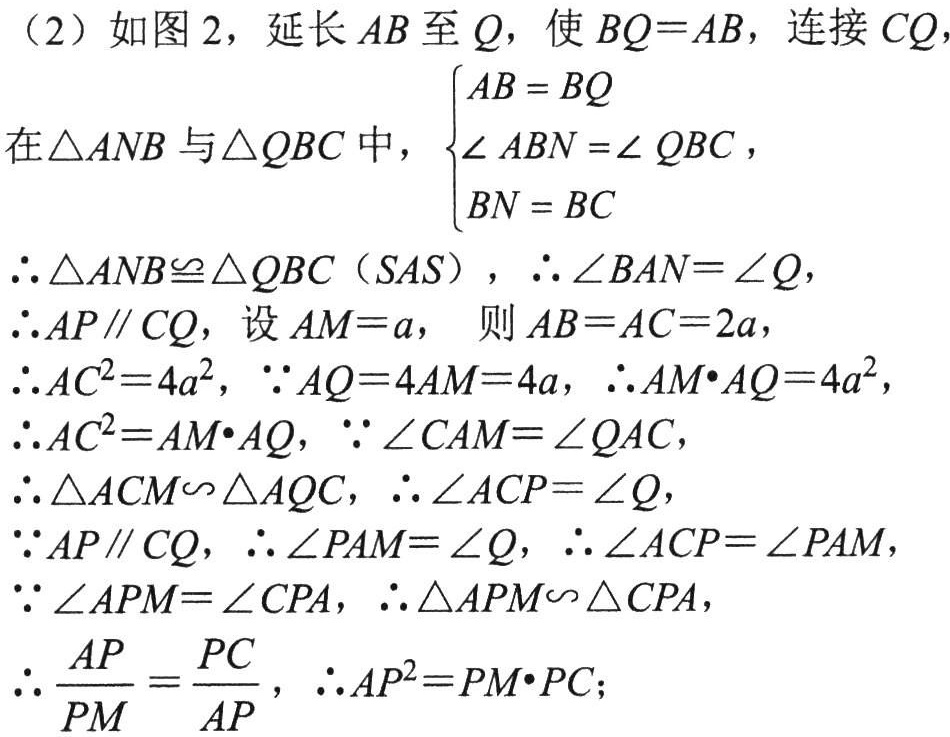
（2）如图2，延长\(AB\)至\(Q\)，使\(BQ = AB\)，连接\(CQ\)，
在\(\triangle ANB\)与\(\triangle QBC\)中，\(\begin{cases}AB = BQ\\\angle ABN=\angle QBC\\BN = BC\end{cases}\)，
\(\therefore\triangle ANB\cong\triangle QBC（SAS）\)，\(\therefore\angle BAN=\angle Q\)，
\(\therefore AP\parallel CQ\)，设\(AM = a\)， 则\(AB = AC = 2a\)，
\(\therefore AC^{2}=4a^{2}\)，\(\because AQ = 4AM = 4a\)，\(\therefore AM\cdot AQ = 4a^{2}\)，
\(\therefore AC^{2}=AM\cdot AQ\)，\(\because\angle CAM=\angle QAC\)，
\(\therefore\triangle ACM\backsim\triangle AQC\)，\(\therefore\angle ACP=\angle Q\)，
\(\because AP\parallel CQ\)，\(\therefore\angle PAM=\angle Q\)，\(\therefore\angle ACP=\angle PAM\)，
\(\because\angle APM=\angle CPA\)，\(\therefore\triangle APM\backsim\triangle CPA\)，
\(\therefore\frac{AP}{PM}=\frac{PC}{AP}\)，\(\therefore AP^{2}=PM\cdot PC\)；